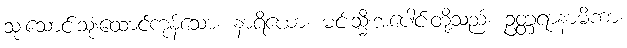
သုံးသောင်းသုံးထောင်ကုန်သော။ နာရိယော၊ မင်းသ္မီးအပေါင်းတို့သည်။ ဥတ္တရာနာမိကာ၊